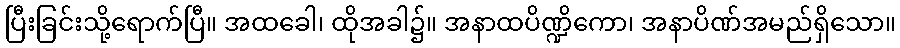
ပြီးခြင်းသို့ရောက်ပြီ။ အထခေါ၊ ထိုအခါ၌။ အနာထပိဏ္ဍိကော၊ အနာပိဏ်အမည်ရှိသော။